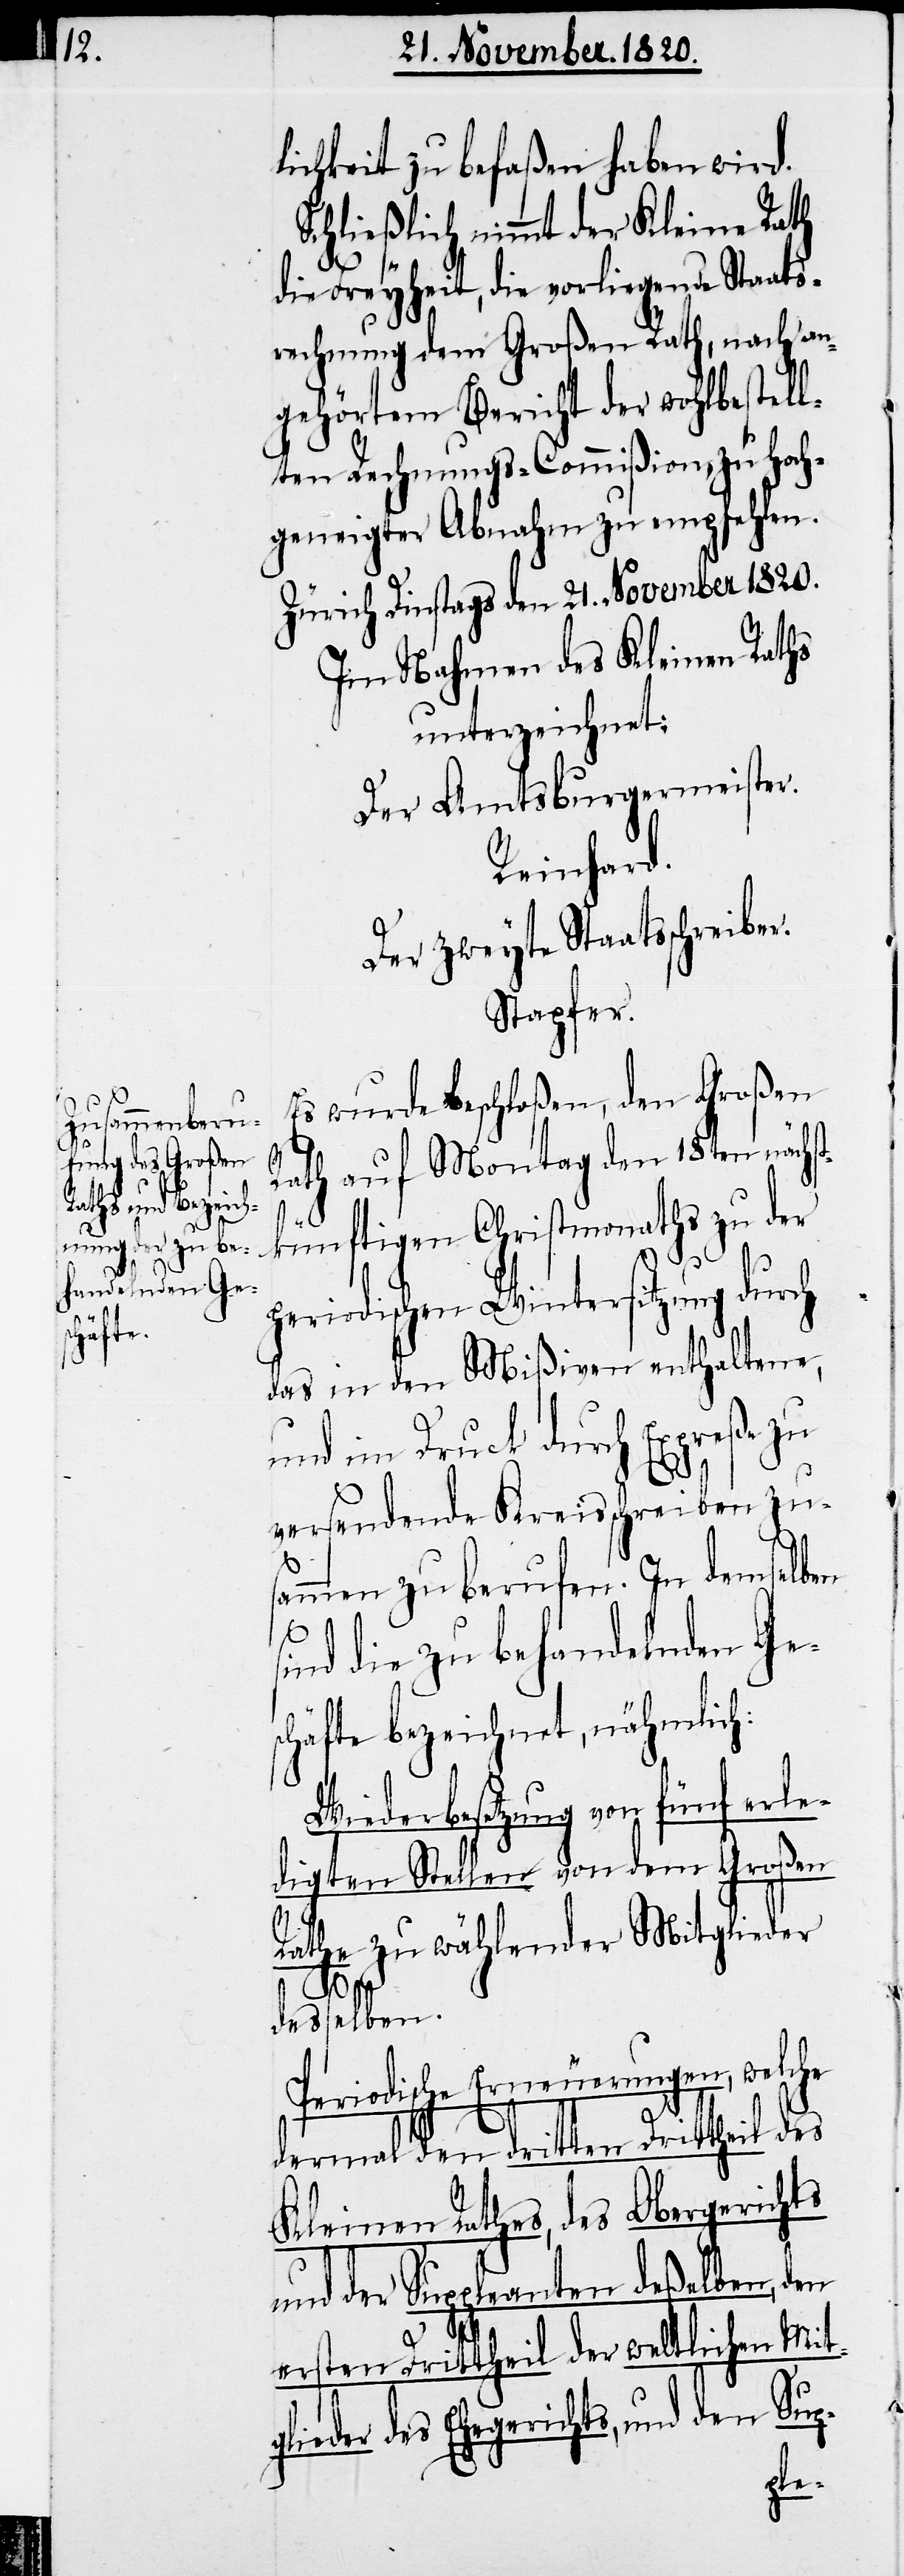
lichkeit zu befaßen haben wird.
Schließlich nimmt der Kleine Rath
die Freyheit, die vorliegende Staats¬
rechnung dem großen Rath, nach an¬
gehörtem Bericht der wohlbestell¬
ten Rechnungs-Commißion, zu hoch¬
geneigter Abnahm zu empfehlen.
Zürich Dinstags den 21. November 1820.
Im Nahmen des Kleinen Raths
unterzeichnet:
Der Amtsburgermeister.
Reinhard.
Der zweyte Staatsschreiber.
Stapfer.
Es wurde beschloßen, den Großen
Rath auf Montag den 18ten nächst¬
künftigen Christmonaths zu der
periodischen Wintersitzung durch
das in den Mißiven enthaltene,
und im Druck durch Expreße zu
versendende Kreisschreiben zu¬
sammen zu berufen. In demselben
sind die zu behandelnden Ge¬
schäfte bezeichnet, nämlich:
Wiederbesetzung von fünf erle¬
digten Stellen von dem Großen
Rathe zu wählender Mitglieder
desselben.
Periodische Erneuerungen, welche
dermal dem dritten Drittheil
Kleinen Rathes, des Obergerichts
und der Suppleanten deßelben, den
ersten Drittheil der weltlichen Mit¬
glieder des Ehegerichts, und den Sup-